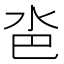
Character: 𣲯